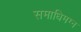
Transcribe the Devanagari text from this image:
समाधिमग्न